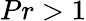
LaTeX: Pr>1